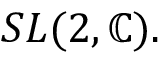
S L ( 2 , \mathbb { C } ) .